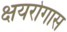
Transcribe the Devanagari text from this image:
क्षयरोगास